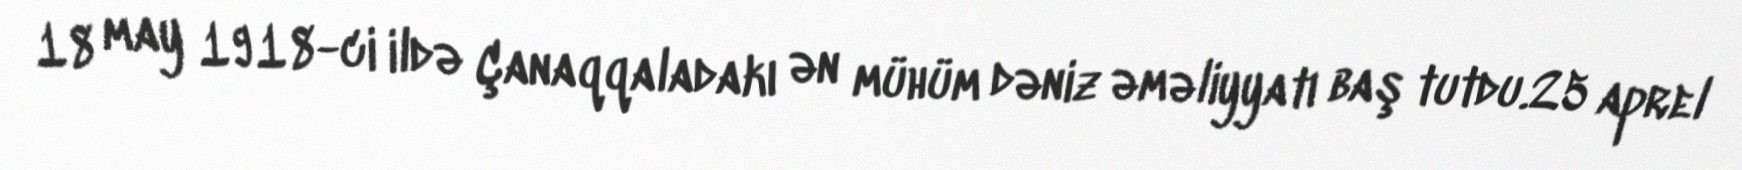
18 may 1918-ci ildə Çanaqqaladakı ən mühüm dəniz əməliyyatı baş tutdu.25 aprel